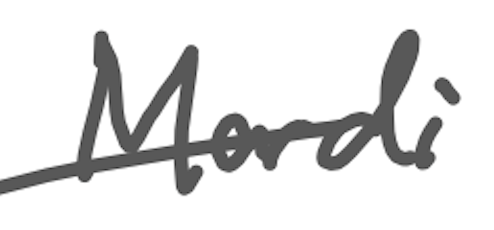
Text: Mardi
Cross-out: single-line
Writing tool: digital_gray